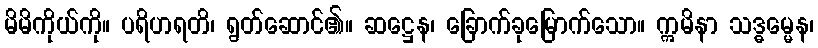
မိမိကိုယ်ကို။ ပရိဟရတိ၊ ရွတ်ဆောင်၏။ ဆဋ္ဌေန၊ ခြောက်ခုမြောက်သော။ ဣမိနာ သဒ္ဓမ္မေန၊